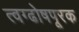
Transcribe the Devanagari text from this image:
त्वग्ढोषपूरक